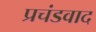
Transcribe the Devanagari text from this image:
प्रचंडवाद